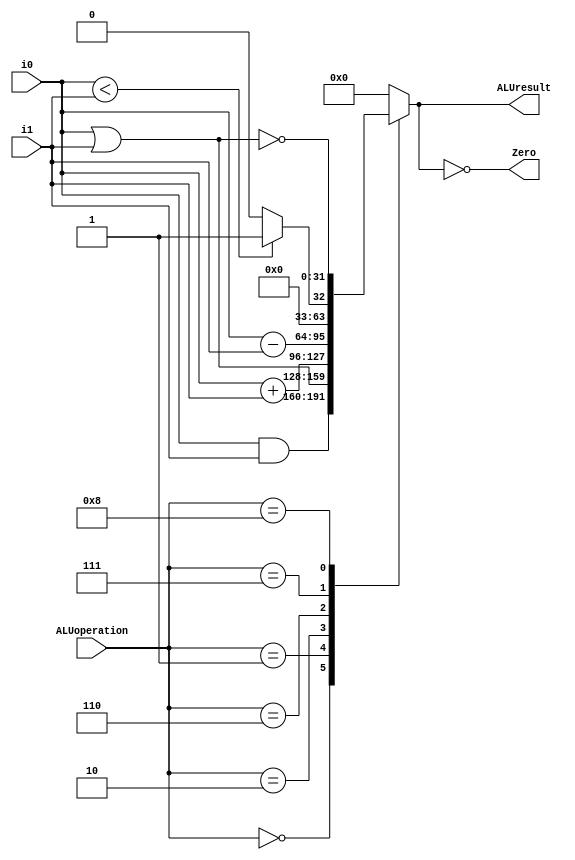
module ALU(ALUoperation, i0, i1, ALUresult, Zero);
  
  input [3:0] ALUoperation;
  input [31:0] i0, i1;
  output reg [31:0] ALUresult;
  output Zero;
  
  // set zero 
  assign Zero = (ALUresult == '0);
  
  // generate ALU result
  always @ (i0 or i1 or ALUoperation) begin
    
    case (ALUoperation)
      // and
      4'b0000: begin ALUresult = i0 & i1; end
      // or
      4'b0001: begin ALUresult = i0 | i1; end
      // add
      4'b0010: begin ALUresult = i0 + i1; end
      // sub
      4'b0110: begin ALUresult = i0 - i1; end
      // slt
      4'b0111: begin ALUresult = i0 < i1 ? 1 : 0; end
      // nor
      4'b1000: begin ALUresult = ~(i0 | i1); end
      default: begin ALUresult = 0; end
    endcase
  end
  
endmodule